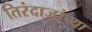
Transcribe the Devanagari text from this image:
तिरंदाजांच्या